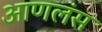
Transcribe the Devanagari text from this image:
आणलंस